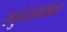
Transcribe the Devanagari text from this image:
रघुनंदनलाल